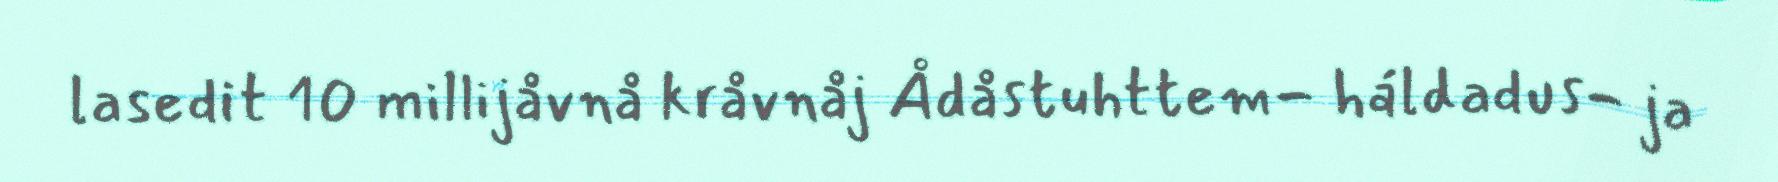
lasedit 10 millijåvnå kråvnåj Ådåstuhttem- háldadus- ja